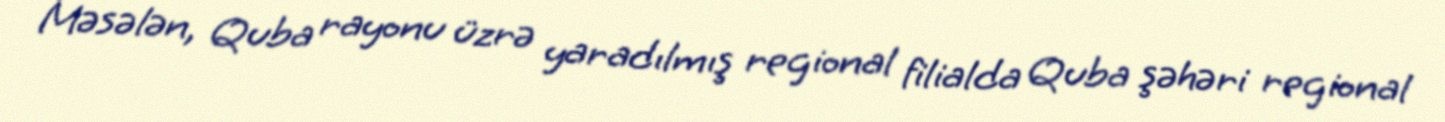
Məsələn, Quba rayonu üzrə yaradılmış regional filialda Quba şəhəri regional